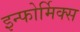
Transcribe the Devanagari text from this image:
इन्फोर्मिक्स